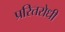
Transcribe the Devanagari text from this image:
प्ररितरोधी